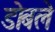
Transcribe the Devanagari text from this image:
डोबले